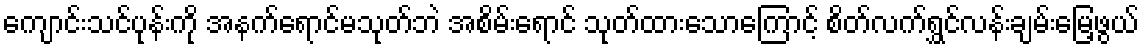
ကျောင်းသင်ပုန်းကို အနက်ရောင်မသုတ်ဘဲ အစိမ်းရောင် သုတ်ထားသောကြောင့် စိတ်လက်ရွှင်လန်းချမ်းမြေ့ဖွယ်